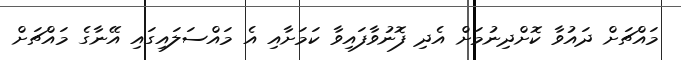
މައްޗަށް ދައުވާ ކޮށްދިނުމަށް އެދި ފޮނުވާފައިވާ ކަމަށާއި އެ މައްސަލައިގައި އޭނާގެ މައްޗަށް